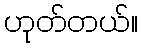
ဟုတ်တယ်။